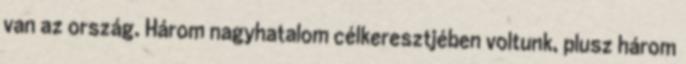
van az ország. Három nagyhatalom célkeresztjében voltunk, plusz három